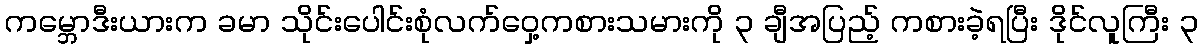
ကမ္ဘောဒီးယားက ခမာ သိုင်းပေါင်းစုံလက်ဝှေ့ကစားသမားကို ၃ ချီအပြည့် ကစားခဲ့ရပြီး ဒိုင်လူကြီး ၃